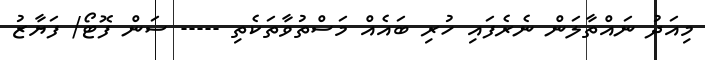
މިއަދު ނައްތާލަން ނެރެފައި ހުރި ބައެއް މަސްތުވާތަކެތި ----- ސަން ފޮޓޯ/ ފަޔާޒު